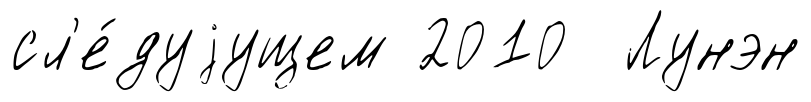
сл'е́дуjущем 2010 Лунэн